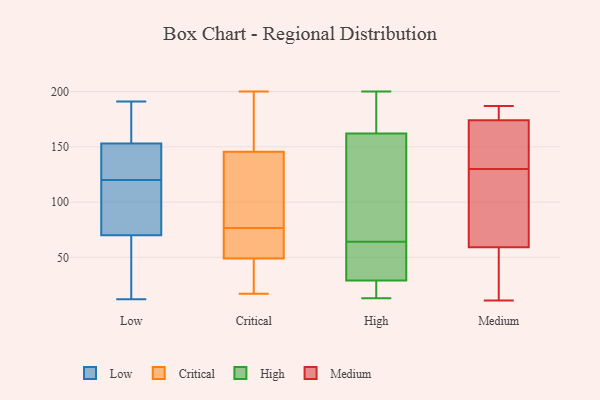
{"axis": {"x": "Page Views", "y": "Value"}, "legend": ["Critical", "High", "Low", "Medium"], "data": [{"x": "", "y": 15, "type": "Low"}, {"x": "", "y": 58, "type": "Low"}, {"x": "", "y": 114, "type": "Low"}, {"x": "", "y": 52, "type": "Low"}, {"x": "", "y": 149, "type": "Low"}, {"x": "", "y": 185, "type": "Low"}, {"x": "", "y": 191, "type": "Low"}, {"x": "", "y": 116, "type": "Low"}, {"x": "", "y": 124, "type": "Low"}, {"x": "", "y": 185, "type": "Low"}, {"x": "", "y": 82, "type": "Low"}, {"x": "", "y": 132, "type": "Low"}, {"x": "", "y": 75, "type": "Low"}, {"x": "", "y": 65, "type": "Low"}, {"x": "", "y": 153, "type": "Low"}, {"x": "", "y": 12, "type": "Low"}, {"x": "", "y": 91, "type": "Low"}, {"x": "", "y": 161, "type": "Low"}, {"x": "", "y": 153, "type": "Low"}, {"x": "", "y": 153, "type": "Low"}, {"x": "", "y": 50, "type": "Critical"}, {"x": "", "y": 50, "type": "Critical"}, {"x": "", "y": 99, "type": "Critical"}, {"x": "", "y": 54, "type": "Critical"}, {"x": "", "y": 200, "type": "Critical"}, {"x": "", "y": 168, "type": "Critical"}, {"x": "", "y": 48, "type": "Critical"}, {"x": "", "y": 168, "type": "Critical"}, {"x": "", "y": 45, "type": "Critical"}, {"x": "", "y": 17, "type": "Critical"}, {"x": "", "y": 123, "type": "Critical"}, {"x": "", "y": 116, "type": "Critical"}, {"x": "", "y": 99, "type": "High"}, {"x": "", "y": 191, "type": "High"}, {"x": "", "y": 56, "type": "High"}, {"x": "", "y": 28, "type": "High"}, {"x": "", "y": 169, "type": "High"}, {"x": "", "y": 155, "type": "High"}, {"x": "", "y": 25, "type": "High"}, {"x": "", "y": 13, "type": "High"}, {"x": "", "y": 60, "type": "High"}, {"x": "", "y": 68, "type": "High"}, {"x": "", "y": 30, "type": "High"}, {"x": "", "y": 200, "type": "High"}, {"x": "", "y": 150, "type": "Medium"}, {"x": "", "y": 16, "type": "Medium"}, {"x": "", "y": 84, "type": "Medium"}, {"x": "", "y": 104, "type": "Medium"}, {"x": "", "y": 187, "type": "Medium"}, {"x": "", "y": 174, "type": "Medium"}, {"x": "", "y": 128, "type": "Medium"}, {"x": "", "y": 11, "type": "Medium"}, {"x": "", "y": 138, "type": "Medium"}, {"x": "", "y": 132, "type": "Medium"}, {"x": "", "y": 59, "type": "Medium"}, {"x": "", "y": 45, "type": "Medium"}, {"x": "", "y": 169, "type": "Medium"}, {"x": "", "y": 22, "type": "Medium"}, {"x": "", "y": 119, "type": "Medium"}, {"x": "", "y": 177, "type": "Medium"}, {"x": "", "y": 183, "type": "Medium"}, {"x": "", "y": 176, "type": "Medium"}]}